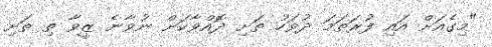
"މިގެއަށް އައި ފުރަތަމަ ދުވަހު ތަށި ދޮއްވާކަށް ނުވާނެ ޒީވާ ތި ތަށި